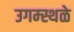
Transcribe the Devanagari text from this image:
उगम्स्थळे